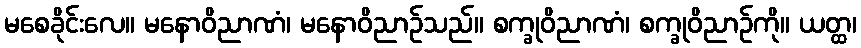
မစေခိုင်းလေ။ မနောဝိညာဏံ၊ မနောဝိညာဉ်သည်။ စက္ခုဝိညာဏံ၊ စက္ခုဝိညာဉ်ကို။ ယတ္ထ၊